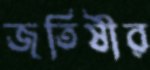
জতিষীর